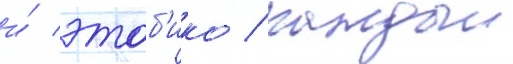
и́ этоб'ико / каждыи